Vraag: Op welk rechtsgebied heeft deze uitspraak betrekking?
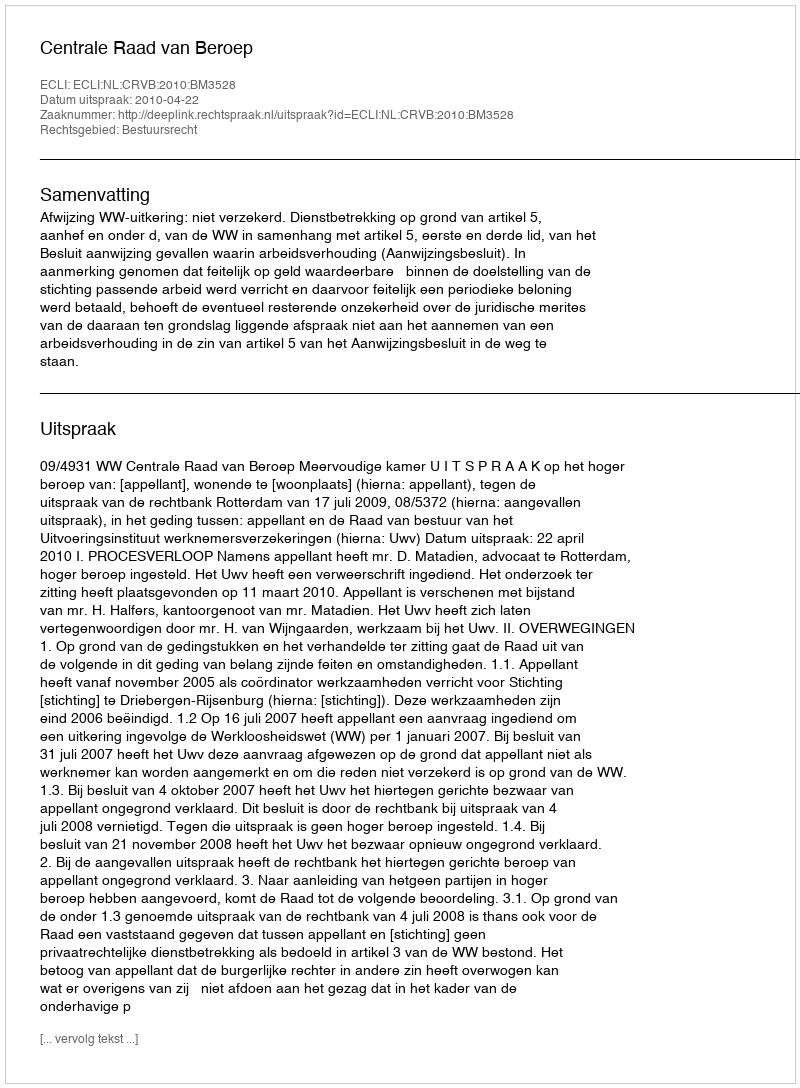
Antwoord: Bestuursrecht